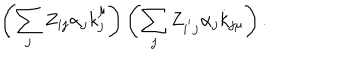
LaTeX: \left( \sum _ { j } Z _ { i j } \alpha _ { j } \dot { k } _ { j } ^ { \mu } \right) \left( \sum _ { j } Z _ { i ^ { ^ { \prime } } j } \alpha _ { j } \dot { k } _ { j \mu } \right) .